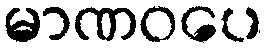
မာဏဝပေ